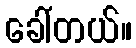
ခေါ်တယ်။